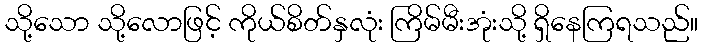
သို့သော သို့လောဖြင့် ကိုယ်စိတ်နှလုံး ကြိမ်မီးအုံးသို့ ရှိနေကြရသည်။